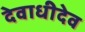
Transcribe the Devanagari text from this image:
देवाधीदेव